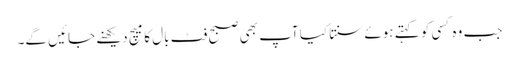
جب وہ کسی کو کہتے ہوئے سنتا کیا آپ بھی صبح فٹ بال کا میچ دیکھنے جائیں گے۔